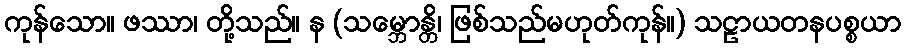
ကုန်သော။ ဖဿာ၊ တို့သည်။ န (သမ္ဘောန္တိ၊ ဖြစ်သည်မဟုတ်ကုန်။) သဠာယတနပစ္စယာ